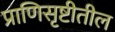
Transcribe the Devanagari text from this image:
प्राणिसृष्टीतील